kultuurilooline_kollektsioon, lk 27
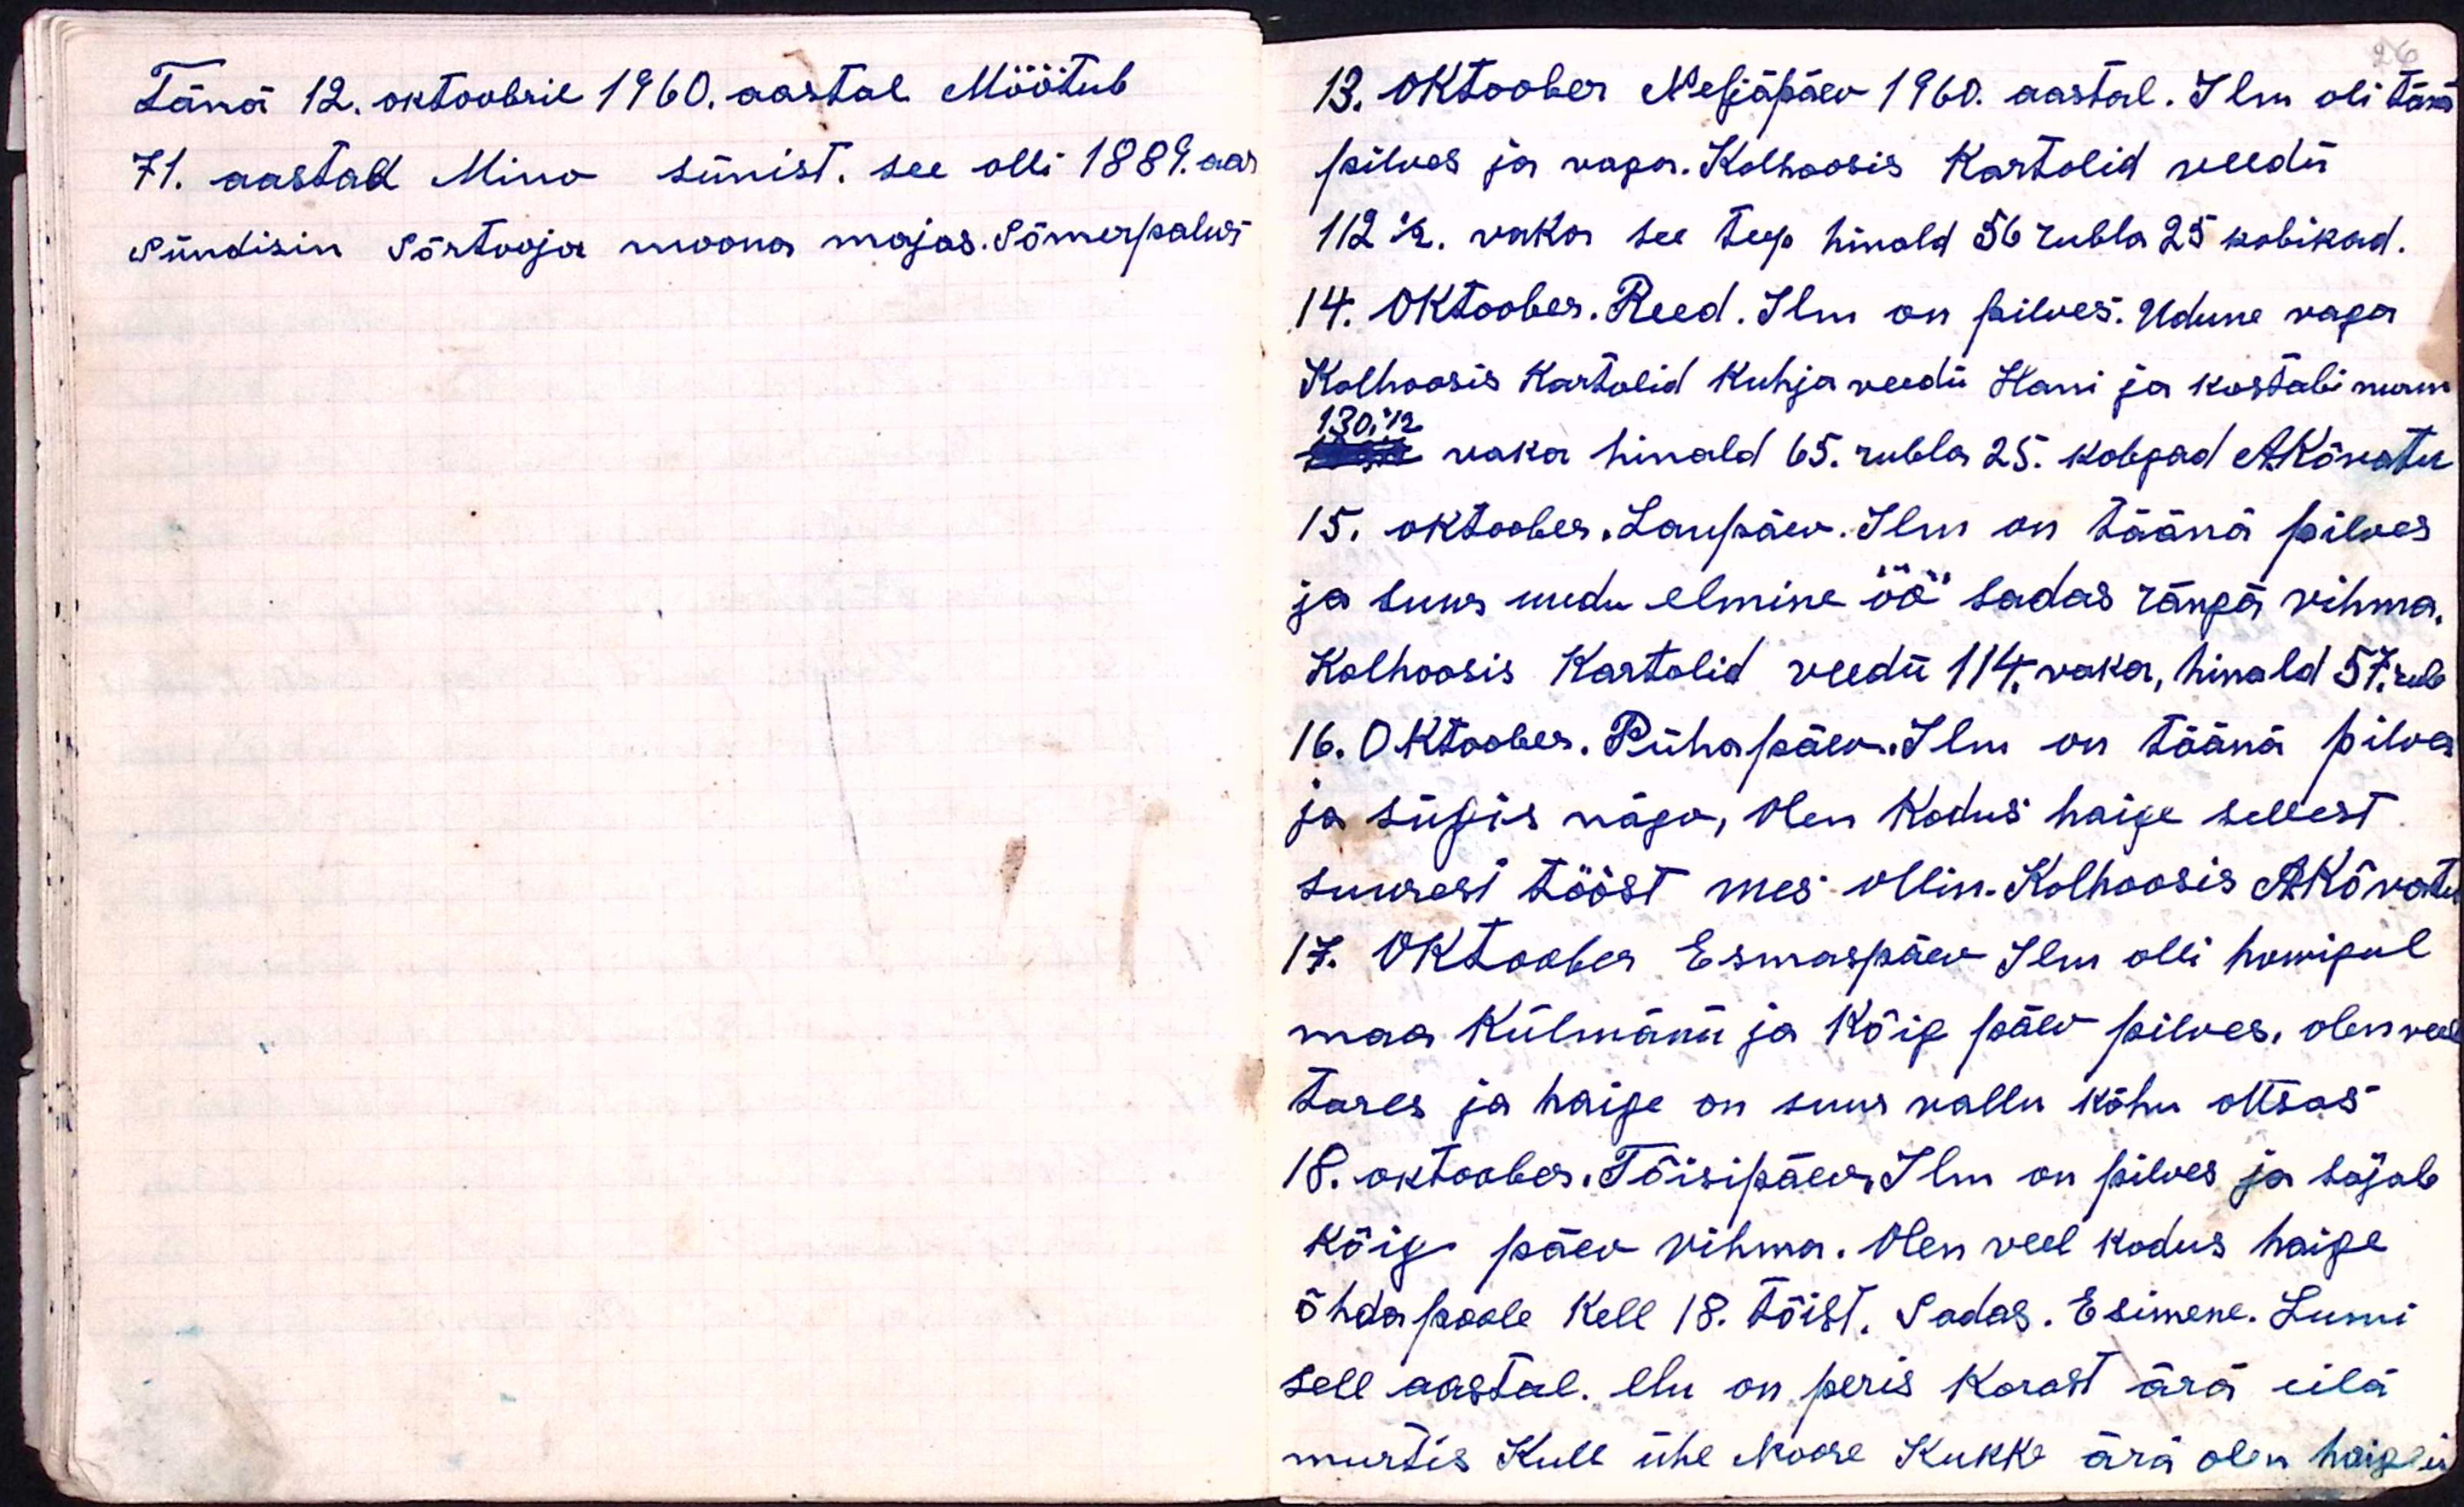
Tänä 12. oktoobril 1960. aastal Möötub
71. aastad Mino sünist. see olli 1889. aas
Sündisin Sõrtooja moona majas. Sõmerpalus

13. Oktoober Neljapäev 1960. aastal. Ilm oli tänä
pilves ja vaga. Kolhoosis Kartolid veedü
112 1/2. vaka see teep hinald 56 rubla 25 kobikad.
14. Oktoober. Reed. Ilm on pilves. Udune vaga
Kolhoosis kartolid kuhja veedü Hani ja kostabi nurm.
130,1/2
vaka hinald 65. rubla 25. kobgad AKõvatu
15. oktoober. Laupäev. Ilm on täänä pilves
ja suur uudu elmine öö sadas rängä vihma.
Kolhoosis kartolid veedü 114. vaka, hinald 57. rub
16. Oktoober. Pühapäev. Ilm on täänä pilves
ja sügis nägo, olen kodus haige sellest
suurest tööst mes ollin. Kolhoosis AKõvatu
17. Oktoober Esmaspäev Ilm olli homigul
maa külmänü ja kõig päev pilves, olen veel
tares ja haige on suur vallu kõhu otsas.
18. oktoober. Tõisipäev. Ilm on pilves ja sajab
kõig päev vihma. Olen veel kodus haige
õhda poole kell 18. tõist. Sadas. Esimene. Lumi
sell aastal. elu on peris korast ärä eilä
murtis Kull ühe Noore Kukke ärä olen haige